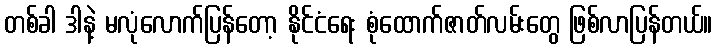
တစ်ခါ ဒါနဲ့ မလုံလောက်ပြန်တော့ နိုင်ငံရေး စုံထောက်ဇာတ်လမ်းတွေ ဖြစ်လာပြန်တယ်။